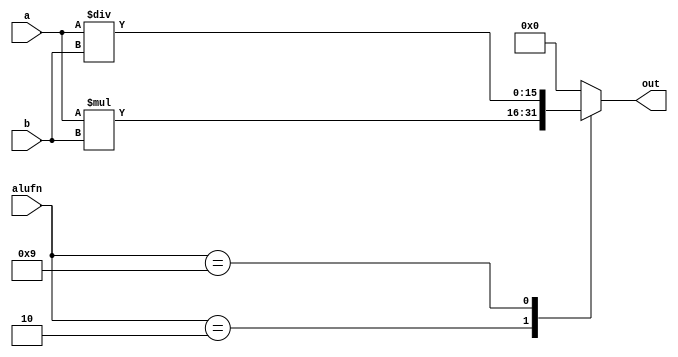
/*
   This file was generated automatically by Alchitry Labs version 1.2.7.
   Do not edit this file directly. Instead edit the original Lucid source.
   This is a temporary file and any changes made to it will be destroyed.
*/

module multiplier_17 (
    input [15:0] a,
    input [15:0] b,
    input [5:0] alufn,
    output reg [15:0] out
  );
  
  
  
  always @* begin
    
    case (alufn)
      6'h02: begin
        out = $signed(a) * $signed(b);
      end
      6'h09: begin
        out = $signed(a) / $signed(b);
      end
      default: begin
        out = 1'h0;
      end
    endcase
  end
endmodule